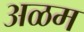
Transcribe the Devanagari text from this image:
अळम